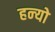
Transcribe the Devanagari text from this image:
हन्‍यो